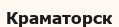
Краматорск